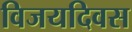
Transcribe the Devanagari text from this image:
विजयदिवस